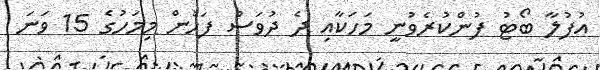
އުފުލާ ބޯޓު ފުންކުރެވުނީ މަހަކާއި ދެ ދުވަަސް ފަހުން މިމަހުގެ 15 ވަނަ